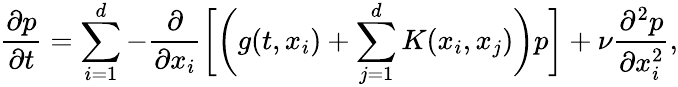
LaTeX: \frac{\partial p}{\partial t}=\sum_{i=1}^{d}-\frac{\partial}{\partial x_{i}}\bigg[\bigg(g(t,x_{i})+\sum_{j=1}^{d}K(x_{i},x_{j})\bigg)p\bigg]+\nu\frac{\partial^{2}p}{\partial x_{i}^{2}},